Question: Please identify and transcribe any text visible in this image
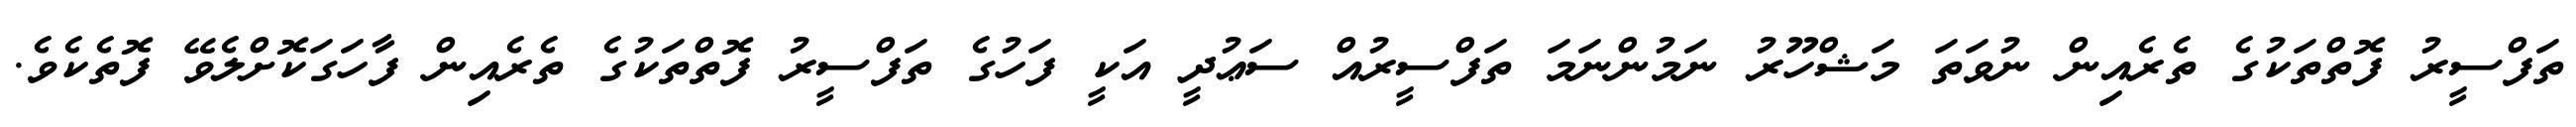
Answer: ތަފްސީރު ފޮތްތަކުގެ ތެރެއިން ނުވަތަ މަޝްހޫރު ނަމުންނަމަ ތަފްސީރުއް ސަޢުދީ އަކީ ފަހުގެ ތަފްސީރު ފޮތްތަކުގެ ތެރެއިން ފާހަގަކޮށްލެވޭ ފޮތެކެވެ.